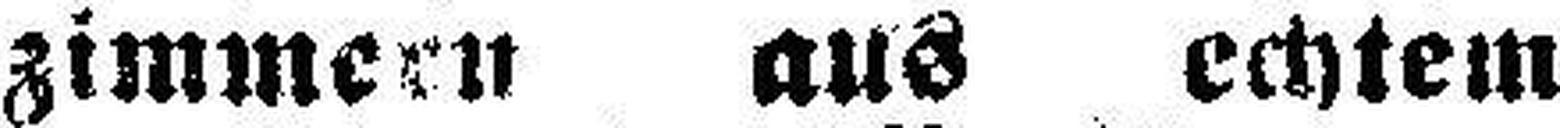
zimmern aus echtem